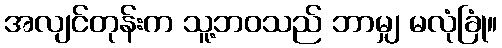
အလျင်တုန်းက သူ့ဘဝသည် ဘာမျှ မလုံခြုံ။